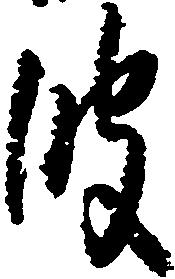
波